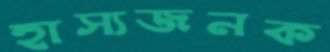
হাস্যজনক